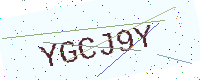
Text: YGCJ9Y